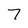
Character: 7